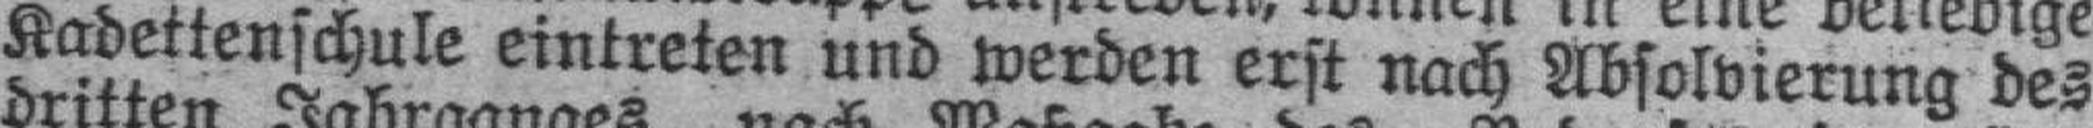
Kadettenschule eintreten und werden erst nach Absolvierung des